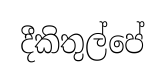
දීකිතුල්පේ